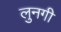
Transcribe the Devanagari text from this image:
लुनगी